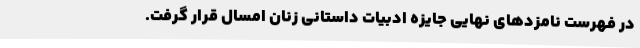
در فهرست نامزدهای نهایی جایزه ادبیات داستانی زنان امسال قرار گرفت.